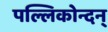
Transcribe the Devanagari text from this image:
पल्लिकोन्दन्